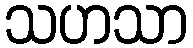
သဟသာ